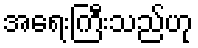
အရေးကြီးသည်ဟု